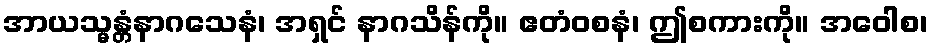
အာယသ္မန္တံနာဂသေနံ၊ အရှင် နာဂသိန်ကို။ ဧတံဝစနံ၊ ဤစကားကို။ အဝေါစ၊